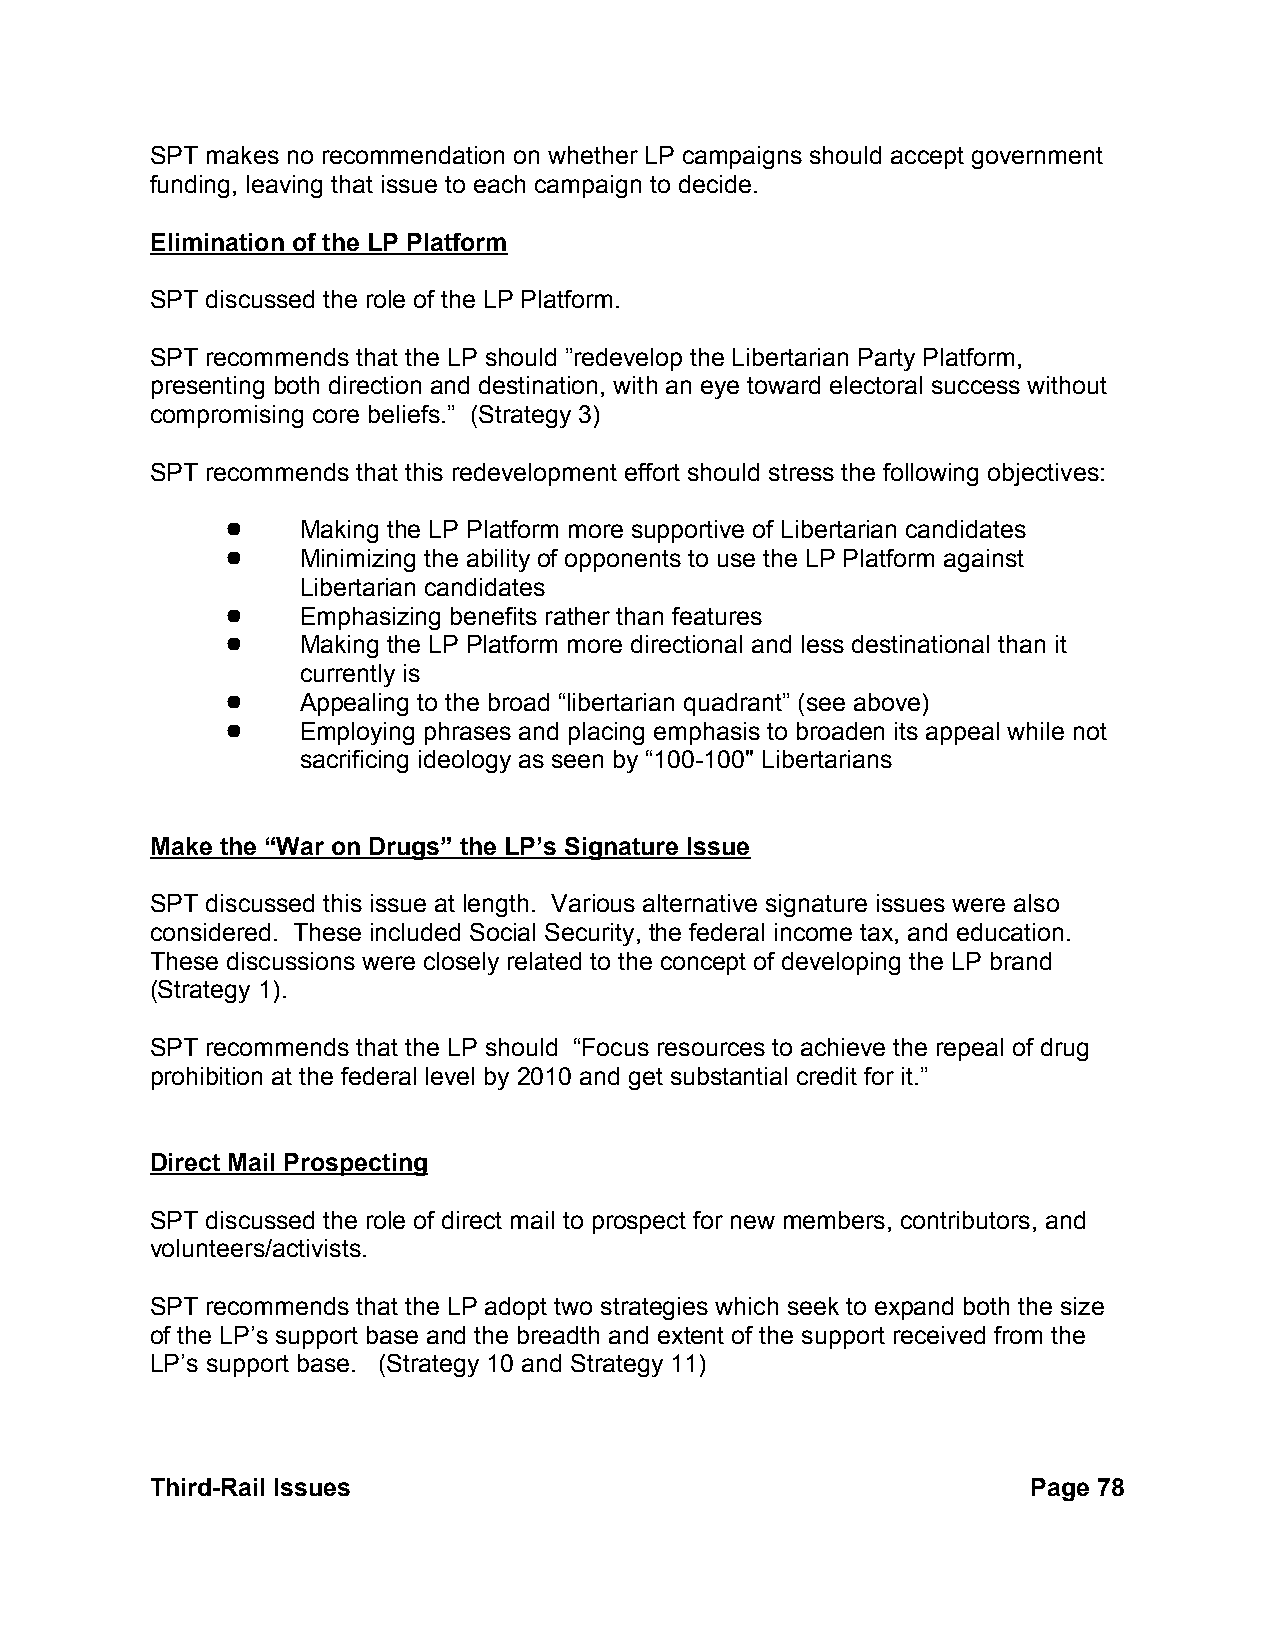
SPT makes no recommendation on whether LP campaigns should accept government
 funding, leaving that issue to each campaign to decide.
 Elimination of the LP Platform
 SPT discussed the role of the LP Platform.
 SPT recommends that the LP should ”redevelop the Libertarian Party Platform,
 presenting both direction and destination, with an eye toward electoral success without
 compromising core beliefs.” (Strategy 3)
 SPT recommends that this redevelopment effort should stress the following objectives:
 !    Making the LP Platform more supportive of Libertarian candidates
 !    Minimizing the ability of opponents to use the LP Platform against
 Libertarian candidates
 !    Emphasizing benefits rather than features
 !    Making the LP Platform more directional and less destinational than it
 currently is
 !    Appealing to the broad “libertarian quadrant” (see above)
 !    Employing phrases and placing emphasis to broaden its appeal while not
 sacrificing ideology as seen by “100-100" Libertarians
 Make the “War on Drugs” the LP’s Signature Issue
 SPT discussed this issue at length. Various alternative signature issues were also
 considered. These included Social Security, the federal income tax, and education.
 These discussions were closely related to the concept of developing the LP brand
 (Strategy 1).
 SPT recommends that the LP should “Focus resources to achieve the repeal of drug
 prohibition at the federal level by 2010 and get substantial credit for it.”
 Direct Mail Prospecting
 SPT discussed the role of direct mail to prospect for new members, contributors, and
 volunteers/activists.
 SPT recommends that the LP adopt two strategies which seek to expand both the size
 of the LP’s support base and the breadth and extent of the support received from the
 LP’s support base. (Strategy 10 and Strategy 11)
 Third-Rail Issues                                         Page 78